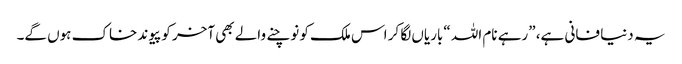
یہ دنیا فانی ہے، ”رہے نام اللہ “باریاں لگا کر اس ملک کو نوچنے والے بھی آخر کو پیوند خاک ہوں گے۔